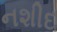
નશીદ